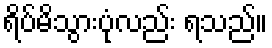
ရိပ်မိသွားပုံလည်း ရသည်။